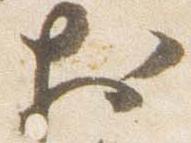
於